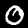
Label: 0